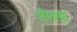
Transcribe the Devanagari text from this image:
जीवण